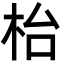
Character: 枱